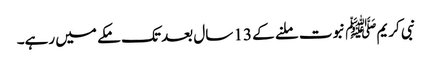
نبی کریمﷺ نبوت ملنے کے 13 سال بعد تک مکے میں رہے۔